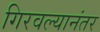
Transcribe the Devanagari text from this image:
गिरवल्यानंतर